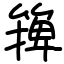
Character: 篺